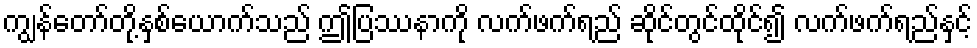
ကျွန်တော်တို့နှစ်ယောက်သည် ဤပြဿနာကို လက်ဖက်ရည် ဆိုင်တွင်ထိုင်၍ လက်ဖက်ရည်နှင့်